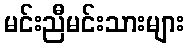
မင်းညီမင်းသားများ